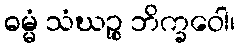
ဓမ္မံ သံဃဉ္စ ဘိက္ခဝေါ၊